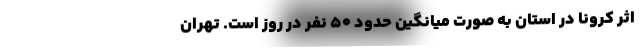
اثر کرونا در استان به صورت میانگین حدود ۵۰ نفر در روز است. تهران